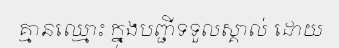
គ្មានឈ្មោះ ក្នុងបញ្ជីទទួលស្គាល់ ដោយ